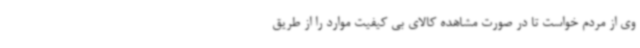
وی از مردم خواست تا در صورت مشاهده کالای بی کیفیت موارد را از طریق